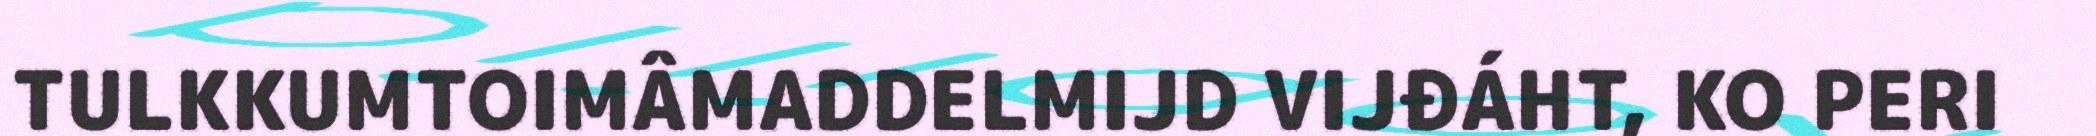
TULKKUMTOIMÂMADDELMIJD VIJĐÁHT, KO PERI